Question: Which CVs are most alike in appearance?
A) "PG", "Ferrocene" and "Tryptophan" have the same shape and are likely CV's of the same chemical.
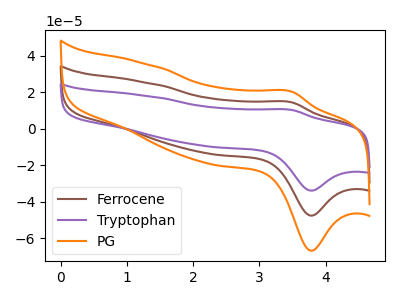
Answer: <think>The brown curve "Ferrocene" has an anodic peak at (3.50V, 14.45uA) and a cathodic peak at (3.80V, -47.65uA). The purple curve "Tryptophan" has an anodic peak at (3.50V, 28.90uA) and a cathodic peak at (3.80V, -95.30uA). The orange curve "PG" has an anodic peak at (3.50V, 20.30uA) and a cathodic peak at (3.80V, -66.90uA).
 All the peaks in "Ferrocene" have a peak in "Tryptophan" at the same potential. Every peak in "Ferrocene" is lower than every peak in "Tryptophan". All the peaks in "Ferrocene" have a peak in "PG" at the same potential. Every peak in "Ferrocene" is lower than every peak in "PG". All the peaks in "Tryptophan" have a peak in "PG" at the same potential. Every peak in "Tryptophan" is higher than every peak in "PG".</think>
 <answer>A) "PG", "Ferrocene" and "Tryptophan" have the same shape and are likely CV's of the same chemical.</answer>
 <eval>A</eval>